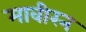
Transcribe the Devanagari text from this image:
मावीरन